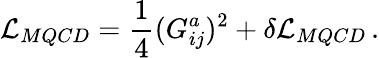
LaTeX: {\cal L}_{MQCD}={\frac{1}{4}}(G_{ij}^{a})^{2}+\delta{\cal L}_{MQCD}\, .